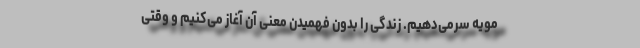
مویه سرمی‌دهیم. زندگی را بدون فهمیدن معنی آن آغاز می‌کنیم و وقتی